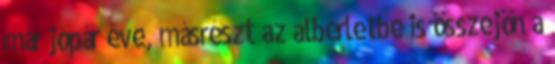
már jópár éve, másrészt az albérletbe is összejön a